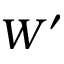
W ^ { \prime }